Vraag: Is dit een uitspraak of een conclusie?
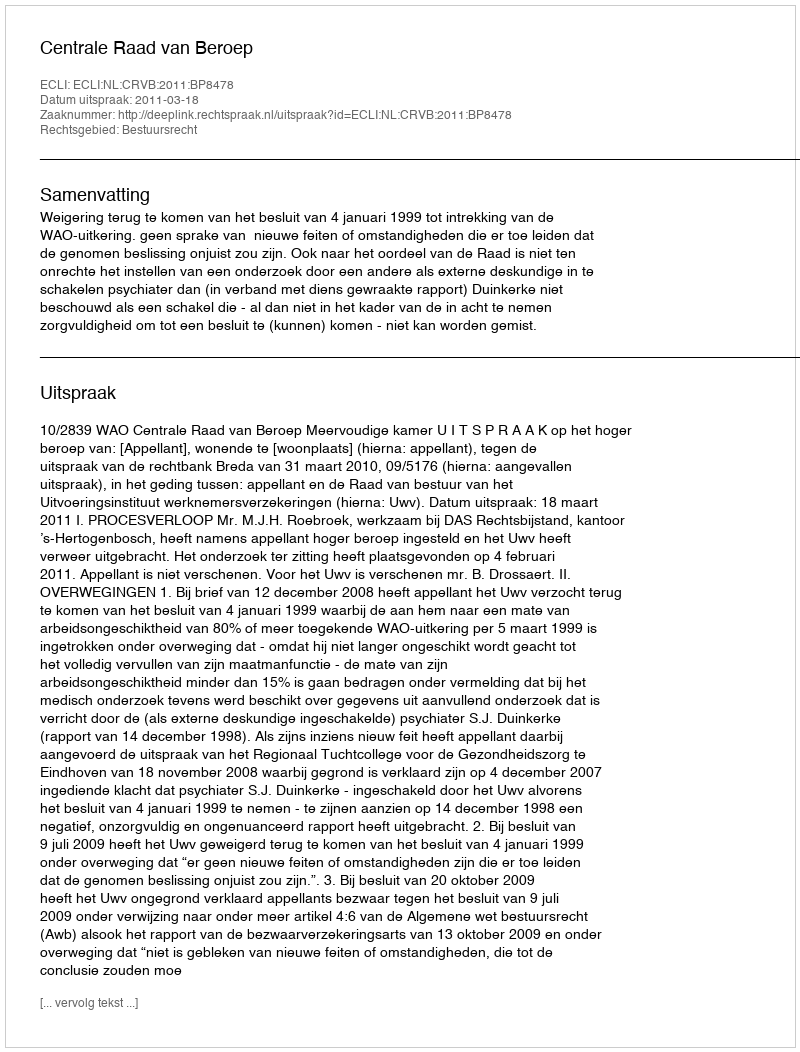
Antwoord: Uitspraak